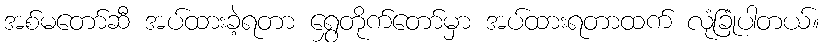
အစ်မတော်ဆီ အပ်ထားခဲ့ရတာ ရွှေတိုက်တော်မှာ အပ်ထားရတာထက် လုံခြုံပါတယ်။